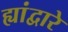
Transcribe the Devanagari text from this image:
ह्यांद्वारे